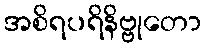
အစိရပရိနိဗ္ဗုတော